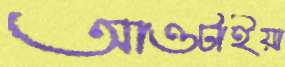
আওটাইয়া